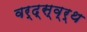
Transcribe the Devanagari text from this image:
वर्द्स्व्र्थ